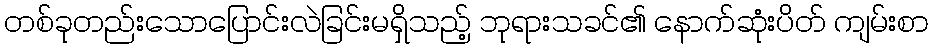
တစ်ခုတည်းသောပြောင်းလဲခြင်းမရှိသည့် ဘုရားသခင်၏ နောက်ဆုံးပိတ် ကျမ်းစာ